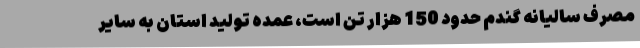
مصرف سالیانه گندم حدود 150 هزار تن است، عمده تولید استان به سایر